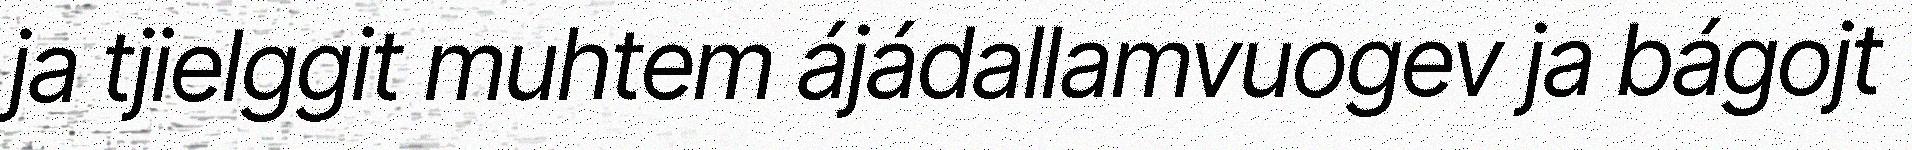
ja tjielggit muhtem ájádallamvuogev ja bágojt